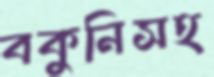
বকুনিসহ